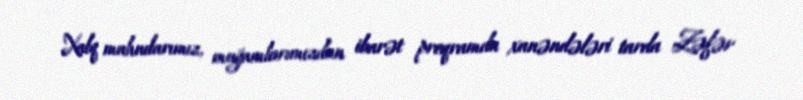
Xalq mahnılarımız, muğamlarımızdan ibarət proqramda xanəndələri tarda Zəfər